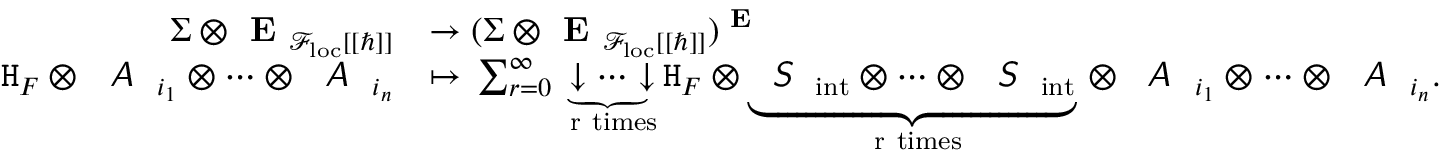
\begin{array} { r l } { \boldsymbol { \Sigma } \otimes \textbf { E } _ { \mathcal { F } _ { \mathrm { l o c } } [ [ \hbar ] ] } } & { \to ( \boldsymbol { \Sigma } \otimes \textbf { E } _ { \mathcal { F } _ { \mathrm { l o c } } [ [ \hbar ] ] } ) ^ { \textbf { E } } } \\ { \mathtt { H } _ { F } \otimes \emph { \textsf { A } } _ { i _ { 1 } } \otimes \dots \otimes \emph { \textsf { A } } _ { i _ { n } } } & { \mapsto \, \sum _ { r = 0 } ^ { \infty } \underbrace { \downarrow \dots \downarrow } _ { \mathrm { ~ r ~ t i m e s } } \mathtt { H } _ { F } \otimes \underbrace { \emph { \textsf { S } } _ { \mathrm { i n t } } \otimes \dots \otimes \emph { \textsf { S } } _ { \mathrm { i n t } } } _ { \mathrm { ~ r ~ t i m e s } } \, \otimes \, \emph { \textsf { A } } _ { i _ { 1 } } \otimes \dots \otimes \emph { \textsf { A } } _ { i _ { n } } . } \end{array}